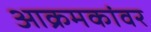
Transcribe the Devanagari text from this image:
आक्रमकांवर